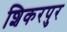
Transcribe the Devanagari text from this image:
शिकरपुर